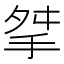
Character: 𢫰